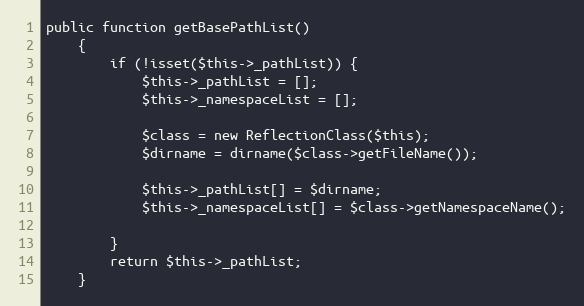
Language: PHP
public function getBasePathList()
    {
        if (!isset($this->_pathList)) {
            $this->_pathList = [];
            $this->_namespaceList = [];

            $class = new ReflectionClass($this);
            $dirname = dirname($class->getFileName());

            $this->_pathList[] = $dirname;
            $this->_namespaceList[] = $class->getNamespaceName();

        }
        return $this->_pathList;
    }